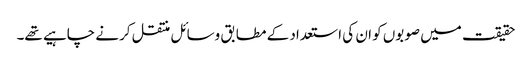
حقیقت میں صوبوں کو ان کی استعداد کے مطابق وسائل منتقل کرنے چاہیے تھے۔